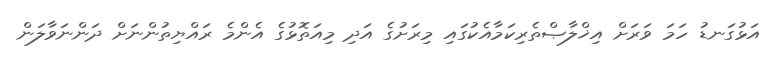
އަޅުގަނޑު ހަމަ ވަރަށް އިޚްލާޞްތެރިކަމާއެކުގައި މިރަށުގެ އަދި މިއަތޮޅުގެ އެންމެ ރައްޔިތުންނަށް ދަންނަވާލަން